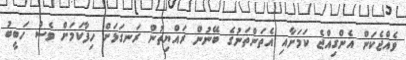
ވެއްޖެކަން އެންގިއްޖެ ކަމަށާއި އެތަންތަނުގެ ބޭނުން ރައްޔިތުން ރަނގަޅަށް ހިފާކަމަށް ވެސް ހަބީބު